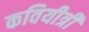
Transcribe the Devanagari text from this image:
कवियीत्री